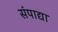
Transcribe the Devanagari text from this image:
संपाद्या